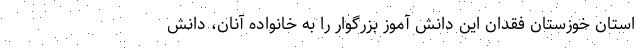
استان خوزستان فقدان این دانش آموز بزرگوار را به خانواده آنان، دانش